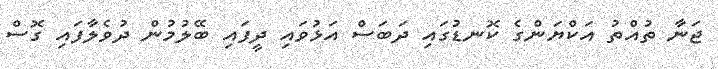
ޖަނާ ތުއްތު އަކްޔަންގެ ކޮނޑުގައި ދަބަސް އަޅުވައި ދީފައި ބޭލުމުން ދުވެލާފައި ގޮސް